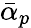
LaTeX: {\bar{\alpha}_{p}}